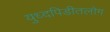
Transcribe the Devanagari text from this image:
युध्दपिडीतलोग